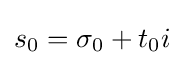
s_{0}=\sigma _{0}+t_{0}i